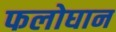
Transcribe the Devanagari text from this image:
फलोघान